Vaccine operations Central Provinces 1868-1885 - 1868-1885
Year: 1868
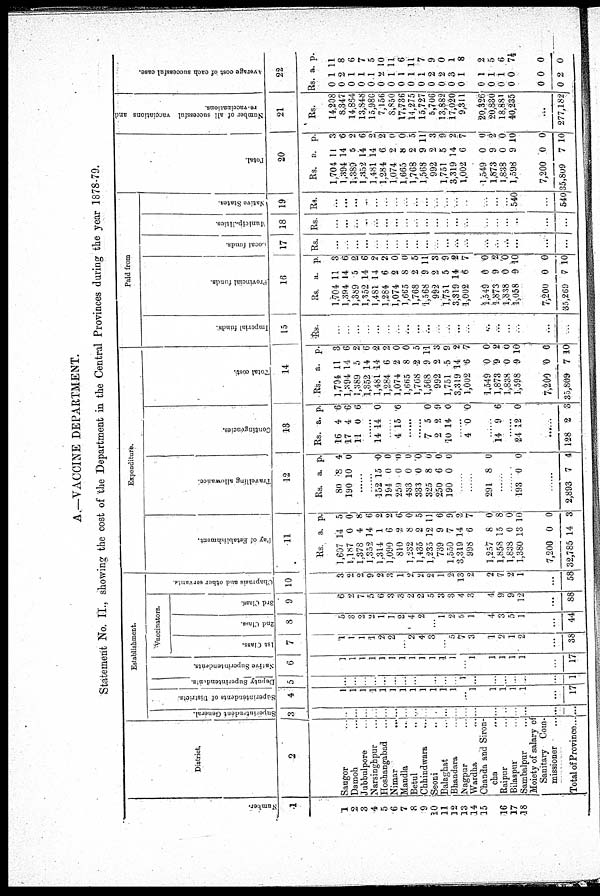
A.—VACCINE DEPARTMENT.
Statement No. II., showing the cost of the Department in the Central Provinces during the year 1878-79.
Number.
1
1
2
3
4
5
6
7
8
9
10
11
12
13
14
15
16
17
18
District.
2
Saugor ...
Damoh ...
Jubbulpore ...
Narsinghpur ...
Hoshangabad ...
Nimar
...
Mandla ...
Betul ...
Chhindwara
...
Seoni ...
Balaghat ...
Bhandara ...
Nagpur ...
Wardha ...
Chanda and Siron¬
cha ...
Raipur ...
Bilaspur ...
Sambalpur ...
Moiety of salary of
Sanitary Com-
missioner ...
Total of Province...
Establishment.
Superintendent General.
3
...
...
...
...
...
...
...
...
...
...
...
...
...
...
...
...
...
...
...
...
Superintendents of Districts.
4
1
1
1
1
1
1
1
1
1
1
1
1
...
1
1
1
1
1
...
17
Deputy Superintendents.
5
...
...
...
...
...
...
...
...
...
...
...
...
1
...
...
...
...
...
...
1
Native Superintendents.
6
1
1
1
1
1
1
1
1
1
1
1
1
...
1
1
1
1
1
...
17
Vaccinators.
1st Class.
7
1
1
1
1
2
2
...
2
4
3
...
5
7
3
1
2
1
2
...
38
2nd Class.
8
5
3
2
2
1
1
2
4
2
...
1
2
5
1
4
3
5
1
...
44
3rd Class.
9
6
3
7
5
6
3
3
2
2
5
3
3
4
3
4
9
9
12
...
88
Chaprasis and other servants.
10
3
2
2
9
2
3
1
2
2
2
1
2
13
2
2
7
2
1
...
58
Expenditure.
Pay of Establishment.
11
Rs.
1,607
1,187
1,378
1,352
1,314
1,090
810
1,232
1,435
1,235
739
1,550
3,319
998
1,257
1,858
1,838
1,380
7,200
32,785
a.
14
0
4
14
1
6
2
8
2
12
9
7
14
6
8
15
0
13
0
14
p.
5
0
8
6
2
2
6
0
5
11
6
9
2
7
0
8
0
10
0
3
Travelling allowance.
12
Rs.
80
190
a.
8
10
p.
4
0
...
...
152
194
259
433
333
325
250
190
15
0
0
0
0
8
6
0
0
0
0
0
0
0
0
0
....
......
291 8 0
....
...
193 0 0
...
2,893 7 4
Contingencies.
13
Rs.
16
17
11
a.
4
4
0
p.
6
6
6
...
14 14 0
...
4 15 6
......
......
7
2
10
5
2
14
0
9
0
......
4 0 0
......
14 9 6
...
24 12 0
...
128 2
3
Total cost.
14
Rs.
1,704
1,394
1,389
1,352
1,481
1,284
1,074
1,665
1,768
1,568
992
1,751
3,319
1,002
1,549
1,873
1,838
1,598
7,200
35,809
a.
11
14
5
14
14
6
2
8
2
9
2
5
14
6
0
9
0
9
0
7
p.
3
6
2
6
2
2
0
0
5
11
3
9
2
7
0
2
0
10
0
10
Paid from
Imperial funds.
15
Rs.
...
...
...
...
...
...
...
...
...
...
...
...
...
...
...
...
...
...
...
...
Provincial funds.
16
Rs.
1,704
1,394
1,389
1,352
1,481
1,284
1,074
1,665
1,768
1,568
992
1,751
3,319
1,002
1,549
1,873
1,838
1,058
7,200
35,269
a.
11
14
5
14
14
6
2
8
2
9
2
5
14
6
0
9
0
9
0
7
p.
3
6
2
6
2
2
0
0
5
11
3
9
2
7
0
2
0
10
0
10
Local funds.
17
Rs.
...
...
...
...
...
...
...
...
...
...
...
...
...
...
...
...
...
...
...
...
Municipalities.
18
Rs.
...
...
...
...
...
...
...
...
...
...
...
...
...
...
...
...
...
...
...
...
Native States.
19
Rs.
...
...
...
...
...
...
...
...
...
...
...
...
...
...
...
...
...
540
...
540
Total.
20
Rs.
1,704
1,394
1,389
1,352
1,481
1,284
1,074
1,665
1,768
1,568
992
1,751
3,319
1,002
1,549
1,873
1,838
1,598
7,200
35,809
a.
11
14
5
14
14
6
2
8
2
9
2
5
14
6
0
9
0
9
0
7
p.
3
6
2
6
2
2
0
0
5
11
3
9
2
7
0 2
0
10
0
10
Number of all successful vacciations and
re-vaccinations.
21
Rs.
14,208
8,347
14,864
13,848
15,980
7,156
8,850
17,736
14,275
15,727
5,706
13,882
17,020
9,311
20,326
20,830
18,881
40,235
...
277,182
Average cost of each successful case.
22
Rs
0
0
0
0
0
0
0
0
0
0
0
0
0
0
0
0
0
0
0
0
a.
1
2
1
1
1
2
1
1
1
1
2
2
3
1
1
1
1
0
0
2
p.
11
8
6
7
5
10
11
6
11
7
9
0
1
8
2
5
6
7½
0
0